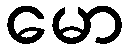
မော